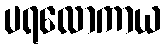
ပရလောကာယ